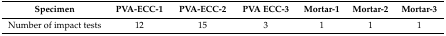
| Specimen | PVA-ECC-1 | PVA-ECC-2 | PVA ECC-3 | Mortar-1 | Mortar-2 | Mortar-3 |
 | --- | --- | --- | --- | --- | --- | --- |
 | Number of impact tests | 12 | 15 | 3 | 1 | 1 | 1 |